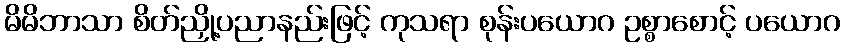
မိမိဘာသာ စိတ်ညှို့ပညာနည်းဖြင့် ကုသရာ စုန်းပယောဂ ဥစ္စာစောင့် ပယောဂ